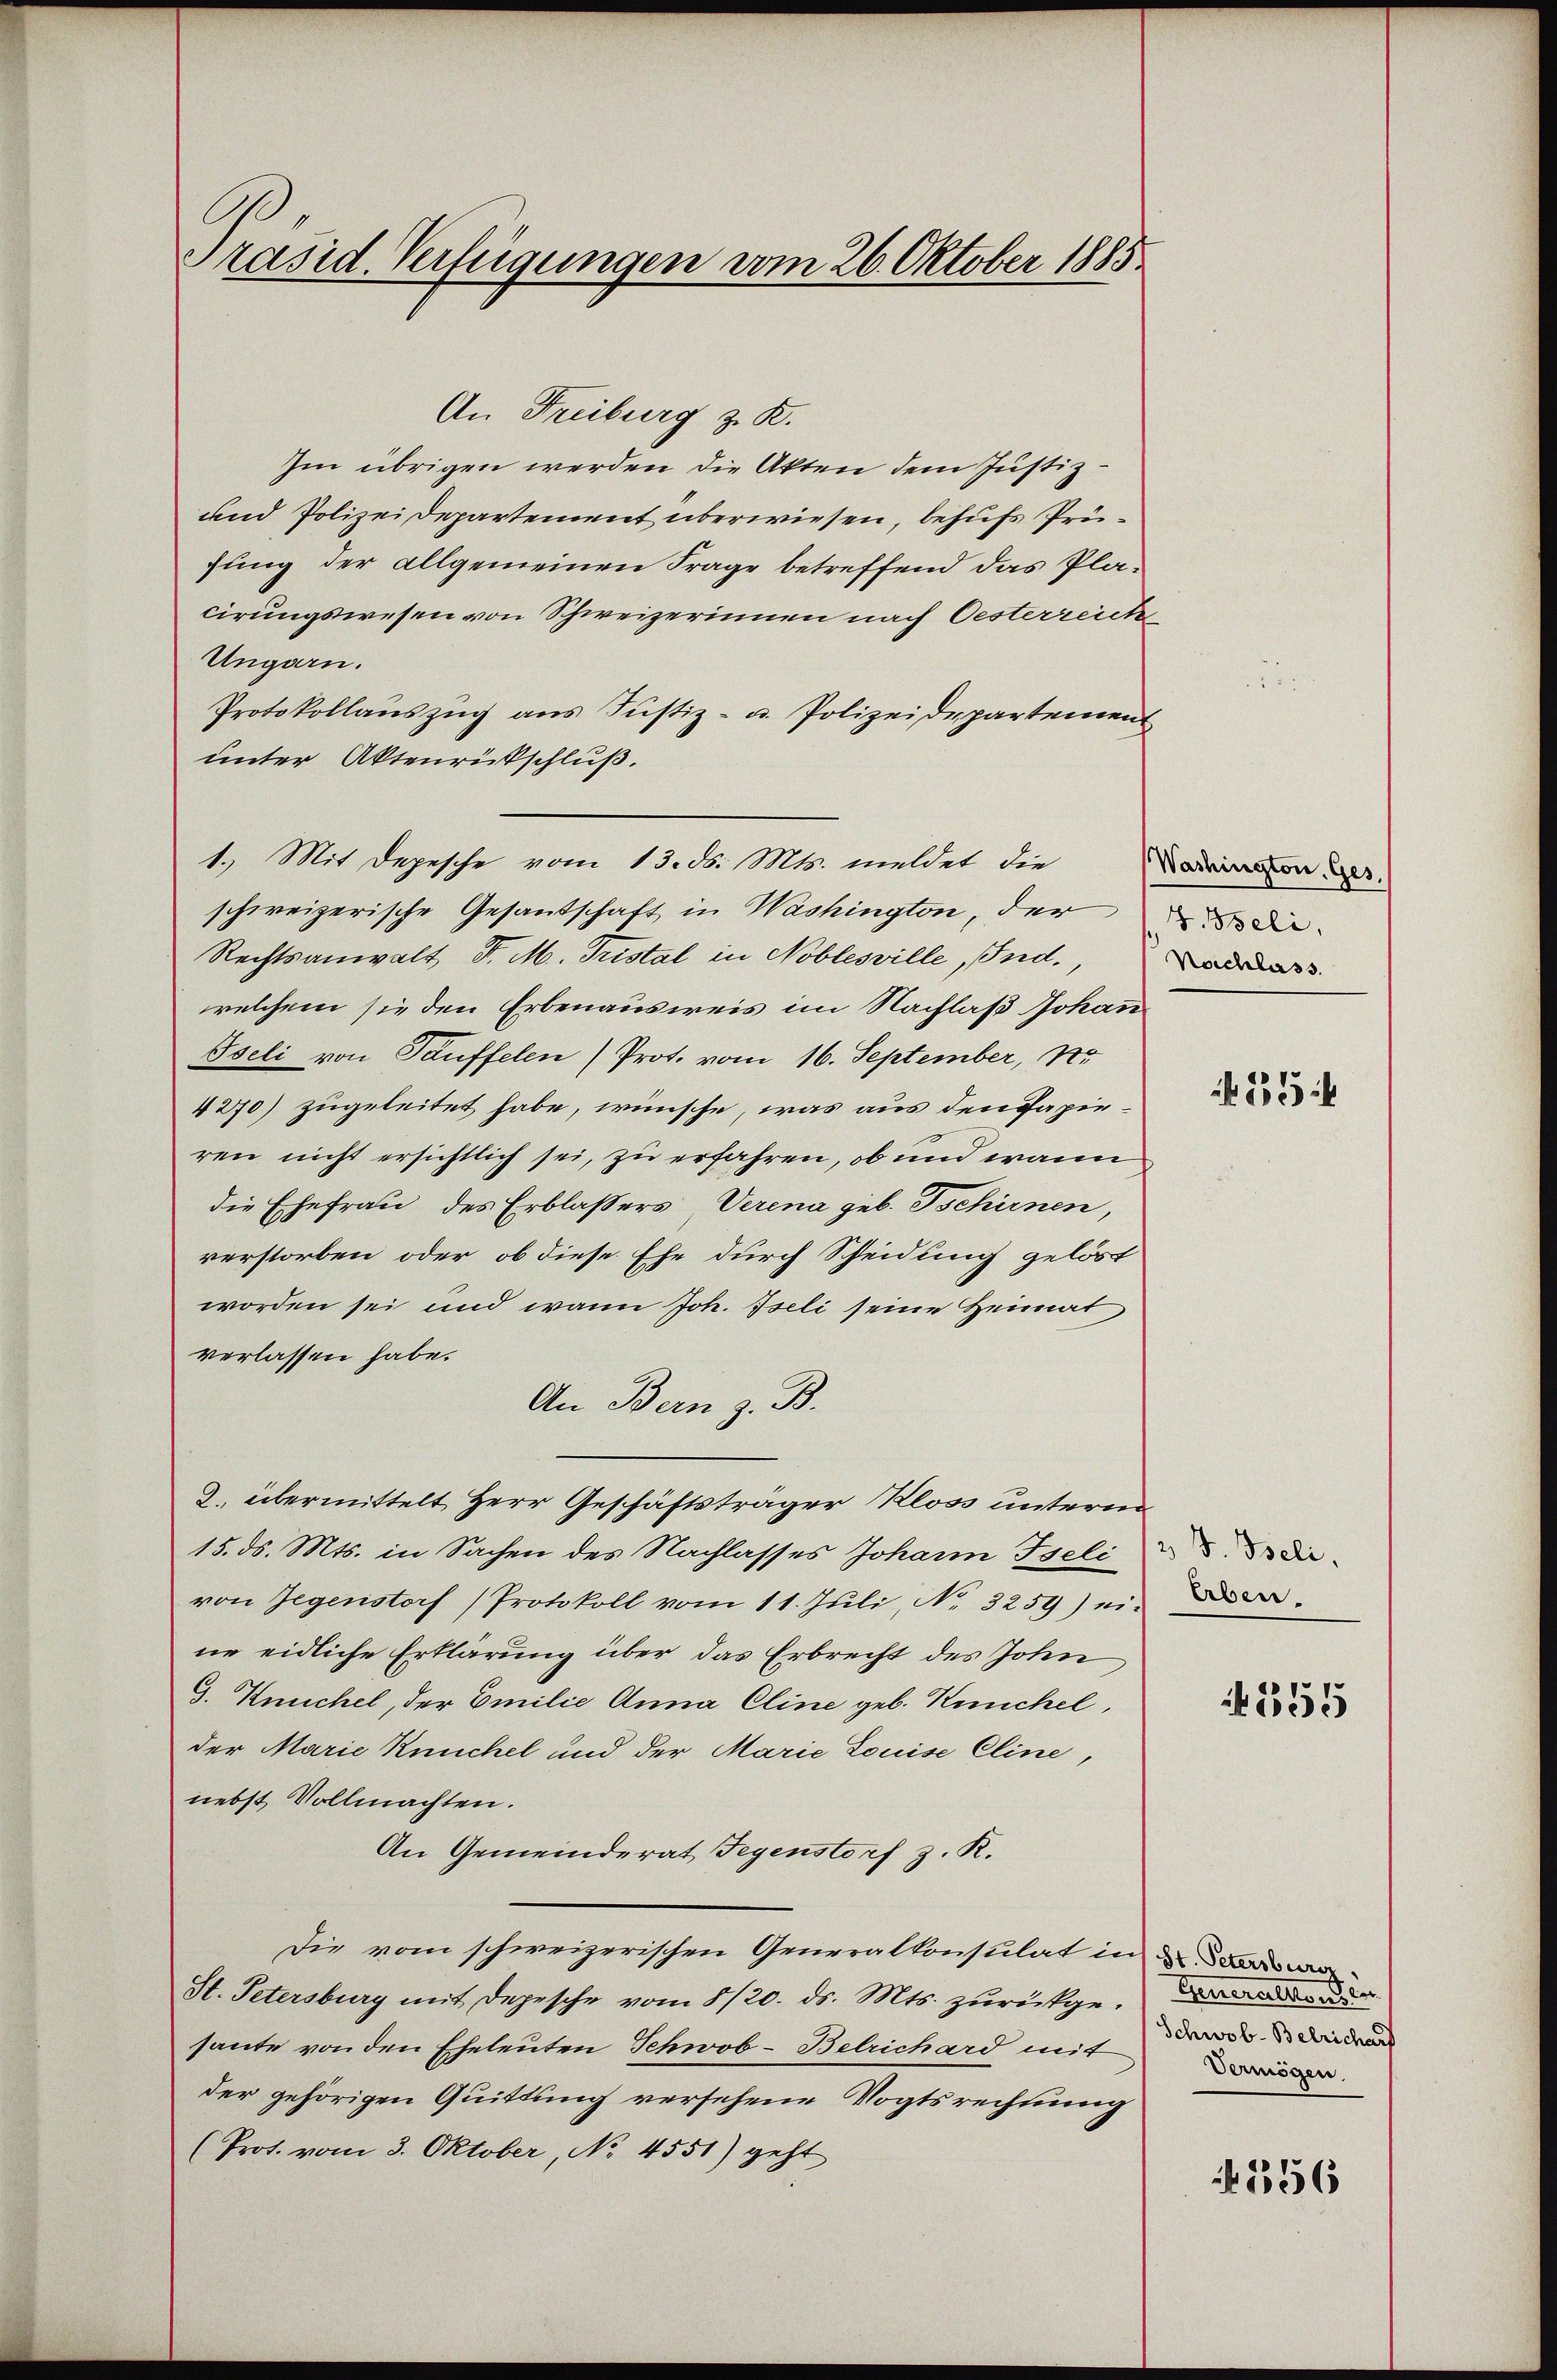
C
Präsid. Verfügungen vom 26. Oktober 1885

An Freiburg z. R.
Im übrigen werden die Akten dem Justiz-
und Polizei Departement überwiesen, behufs Prüfung der allgemeinen Frage betreffend das Placirungswesen von Schweizerinnen nach Oesterreiche
Ungarn.
Protokollauszug aus Justiz- u. Polizeidepartement
unter Aktenrückschluß.
schweizerische Gesandschaft in Washington, der die
Rechtsanwalt, d. M. Tristal in Noblesville, Ind.,
welchem sie den Erbenausweis im Nachlaß Johan
Iseli von Tauffelen (Prot. vom 16. September, No
4270) zugeleitet habe, wünsche, was aus den Papieren nicht ersichtlich sei, zu erfahren, ob und wann
die Ehefrau des Erblassers Verena geb. Tschirnen,
verstorben oder ob diese Ehe durch Scheidung gelöst
worden sei und wann Joh. Iseli seine Heimat
verlassen habe.
An Bern z. B.
2. übermittelt Herr Geschäftsträger Kloss unterm
15. ds. Mts. in Sachen des Nachlasses Johann Iseli die
von Gegenstorf (Protokoll vom 11. Jŭli, No. 3259) ei-
ne eidliche Erklärung über das Erbrecht des John
G. Kuchel, der Emilie Anna Cline geb. Keuchel,
der Marie Knuchel und der Marie Louise Cline,
nebst Vollmachten.
An Gemeinderat Gegenstorf z. R.
Die vom schweizerischen Generalkonsulat in u. Derse
St. Petersburg mit Depesche vom 8/20. ds. Mts. zurückgesante von den Eheleuten Schwob-Belrichard mit dass dardun
der gehörigen Quittung versehene Vogtsrechnung
(Prot. vom 3. Oktober, No 4551) geht

1.) Mit Depesche vom 13. d. Mts. meldet die

Nachlass.

N 535 f

Erben.

355

Vermögen.

1356